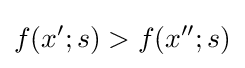
f(x';s)>f(x'';s)